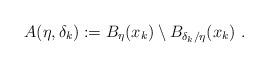
LaTeX: \begin{align*}A(\eta,\delta_k):=B_{\eta}(x_k)\setminus B_{\delta_k/\eta}(x_k)\ .\end{align*}